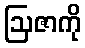
ဩဇာကို